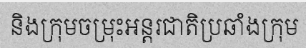
និងក្រុមចម្រុះអន្តរជាតិប្រឆាំងក្រុម